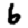
Digit: 6